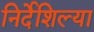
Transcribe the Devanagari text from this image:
निर्देशिल्या